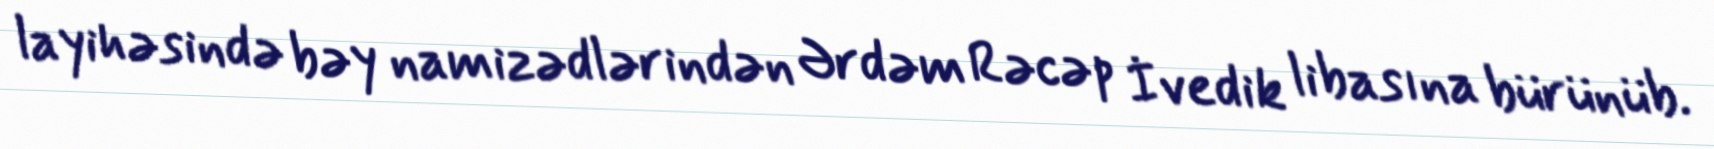
layihəsində bəy namizədlərindən Ərdəm Rəcəp İvedik libasına bürünüb.